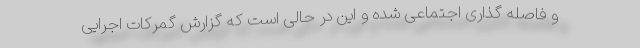
و فاصله گذاری اجتماعی شده و این در حالی است که گزارش گمرکات اجرایی